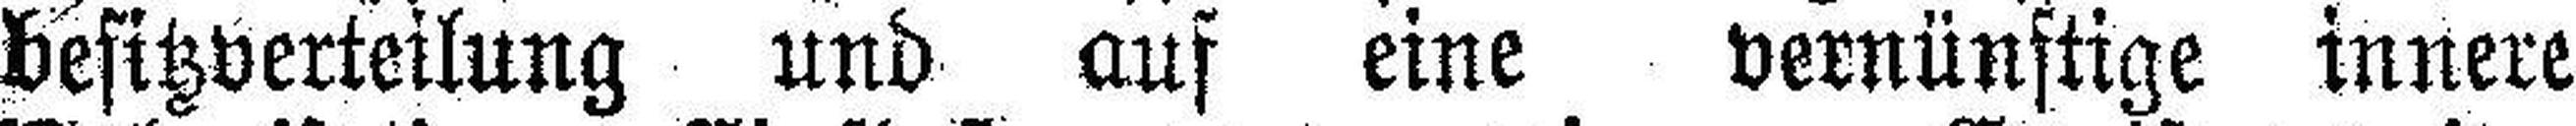
besitzverteilung und auf eine vernünftige innere